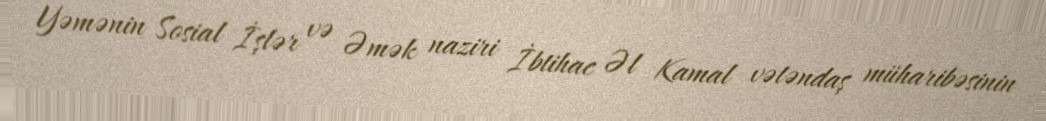
Yəmənin Sosial İşlər və Əmək naziri İbtihac Əl Kamal vətəndaş müharibəsinin